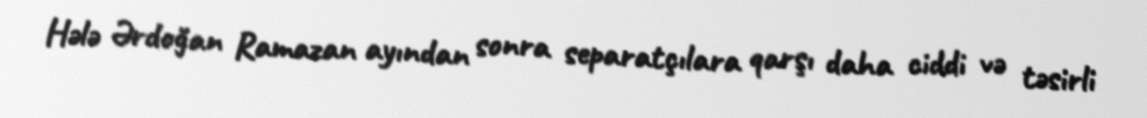
Hələ Ərdoğan Ramazan ayından sonra separatçılara qarşı daha ciddi və təsirli